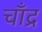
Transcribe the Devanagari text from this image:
चाँद्र